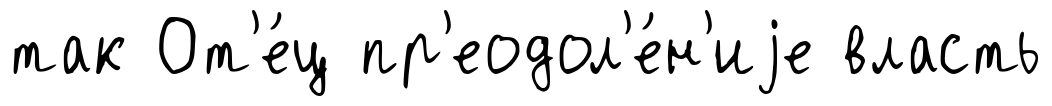
так От'е́ц пр'еодол'е́н'иjе власть